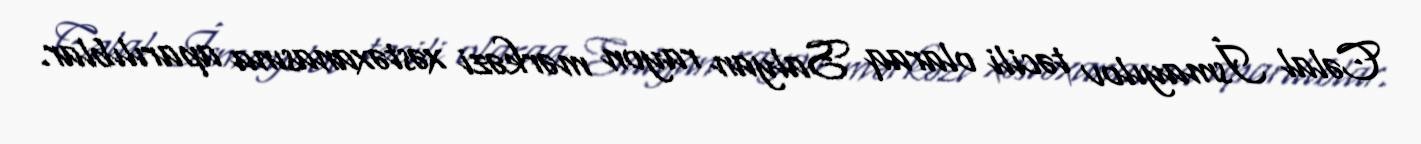
Cəlal İsmayılov təcili olaraq Salyan rayon mərkəzi xəstəxanasına aparılıblar.